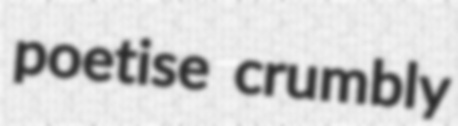
poetise crumbly